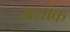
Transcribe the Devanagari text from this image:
मयांक